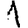
Digit: 1